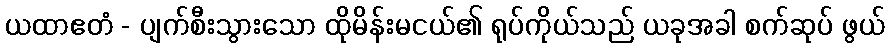
ယထာဧတံ - ပျက်စီးသွားသော ထိုမိန်းမငယ်၏ ရုပ်ကိုယ်သည် ယခုအခါ စက်ဆုပ် ဖွယ်